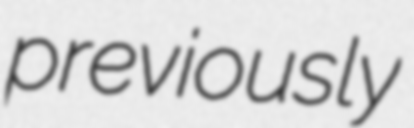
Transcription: previously